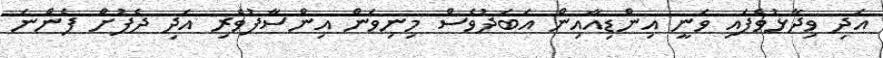
އަދި ވިދާޅުވެފައި ވަނީ އިންޑިއާއިން އަބަދުވެސް މިނިވަން އިންސާފުވެރި އަދި ދެފުށް ފެންނަ